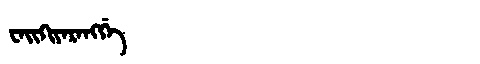
Manchu: ᠸᠠᡳᡴᡳᠶᠠᡵᠠᠩᡤᡝ
Romanization: WAIKIYARANGGE